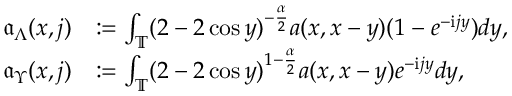
\begin{array} { r l } { \mathfrak { a } _ { \Lambda } ( x , j ) } & { : = \int _ { \mathbb { T } } ( 2 - 2 \cos y ) ^ { - \frac { \alpha } 2 } a ( x , x - y ) ( 1 - e ^ { - \mathrm { i } j y } ) d y , } \\ { \mathfrak { a } _ { \Upsilon } ( x , j ) } & { : = \int _ { \mathbb { T } } ( 2 - 2 \cos y ) ^ { 1 - \frac { \alpha } 2 } a ( x , x - y ) e ^ { - \mathrm { i } j y } d y , } \end{array}